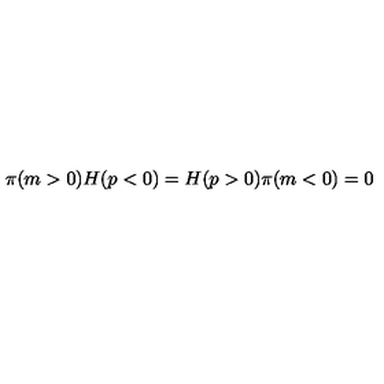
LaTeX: \pi ( m > 0 ) H ( p < 0 ) = H ( p > 0 ) \pi ( m < 0 ) = 0